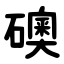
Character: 礇